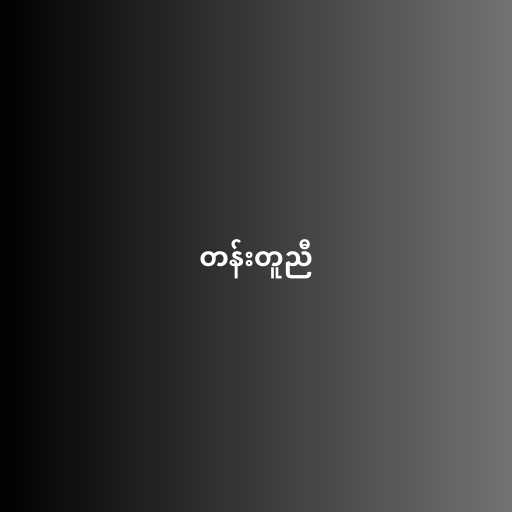
တန်းတူညီ